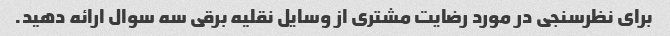
برای نظرسنجی در مورد رضایت مشتری از وسایل نقلیه برقی سه سوال ارائه دهید.